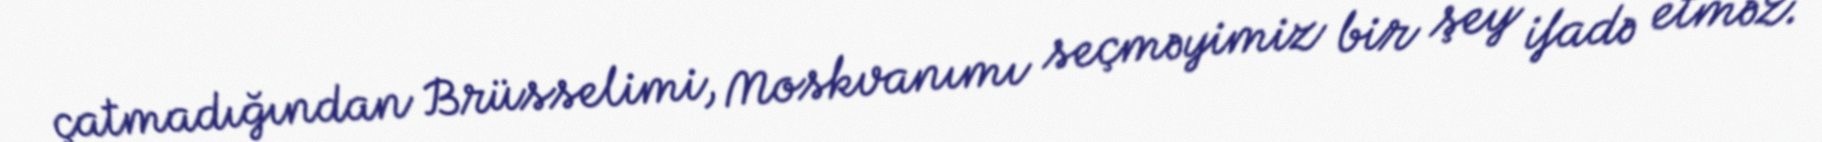
çatmadığından Brüsselimi, Moskvanımı seçməyimiz bir şey ifadə etməz.